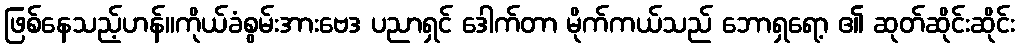
ဖြစ်နေသည့်ဟန်။ကိုယ်ခံစွမ်းအားဗေဒ ပညာရှင် ဒေါက်တာ မိုက်ကယ်သည် ဘောရှရော့ ၏ ဆုတ်ဆိုင်းဆိုင်း